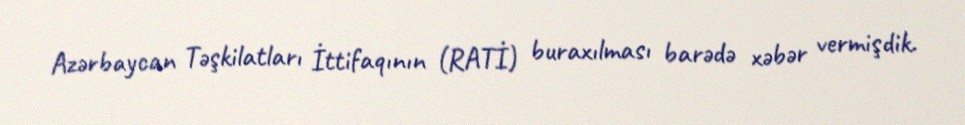
Azərbaycan Təşkilatları İttifaqının (RATİ) buraxılması barədə xəbər vermişdik.